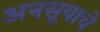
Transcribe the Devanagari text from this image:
अनसूयाचे